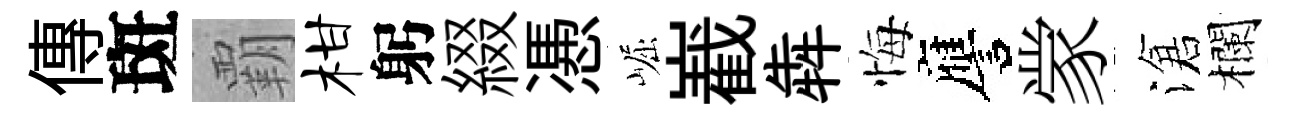
傳斑覇柑躬綴慿崛嶻犇悔譍䝉滄欄